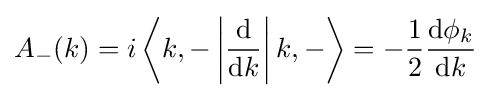
A_{-}(k)=i\left\langle k,-\left|{\frac {\mathrm {d} }{\mathrm {d} k}}\right|k,-\right\rangle =-{\frac {1}{2}}{\frac {\mathrm {d} \phi _{k}}{\mathrm {d} k}}